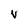
Character: v